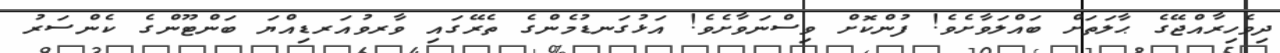
ދިވެހިރާއްޖޭގެ ޙާލަތަށް ބައްލަވާށެވެ! ފުންކޮށް ވިސްނަވާށެވެ! އަޅުގަނޑުމެންގެ ތެރޭގައި ވާރވުއަރޑިއްޔަ ބަންޓޫންގެ ކެންސަރު